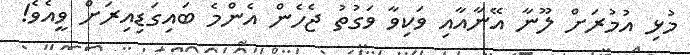
މުޅި އުމުރަށް ލޫނާ އޭނާއާއި ވަކިވާ ވަގުތު ޖެހެން އެންމެ ބައިގަޑިއިރަށް ވީއެވެ!